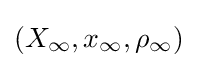
(X_{\infty },x_{\infty },\rho _{\infty })